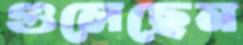
গুলেছেন